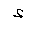
Letter: _hamza